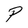
Character: P